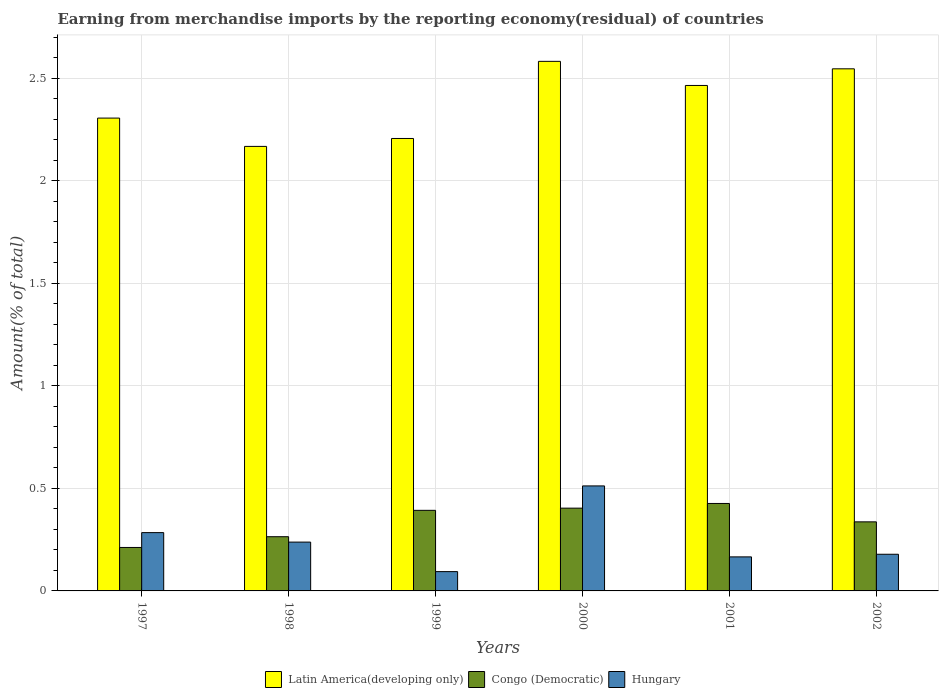
| Years | Latin America(developing only) | Congo (Democratic) | Hungary |
 | --- | --- | --- | --- |
 | 1997 | 2.31 | 0.212 | 0.284 |
 | 1998 | 2.17 | 0.264 | 0.238 |
 | 1999 | 2.21 | 0.393 | 0.0941 |
 | 2000 | 2.58 | 0.404 | 0.512 |
 | 2001 | 2.46 | 0.426 | 0.166 |
 | 2002 | 2.55 | 0.337 | 0.179 |